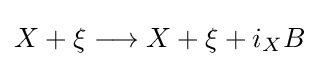
X+\xi \longrightarrow X+\xi +i_{X}B